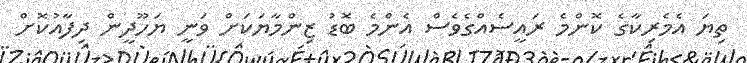
ތިޔަ އެމެރިކާގެ ކޮންމެ ރައީސެއްގެވެސް އެންމެ ބޮޑު ޒިންމާޔަކަށް ވަނީ ޔަހޫދީން ދިފާއުކޮށް